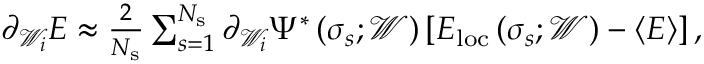
\begin{array} { r } { \partial _ { \mathcal { W } _ { i } } E \approx \frac { 2 } { N _ { \mathrm { s } } } \sum _ { s = 1 } ^ { N _ { \mathrm { s } } } \partial _ { \mathcal { W } _ { i } } \Psi ^ { * } \left( \boldsymbol { \sigma } _ { s } ; \mathcal { W } \right) \left[ E _ { \mathrm { l o c } } \left( \boldsymbol { \sigma } _ { s } ; \mathcal { W } \right) - \langle E \rangle \right] , } \end{array}